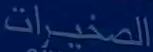
الصغيرات